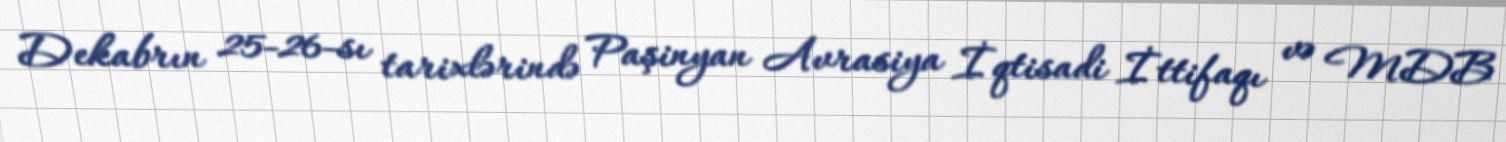
Dekabrın 25-26-sı tarixlərində Paşinyan Avrasiya İqtisadi İttifaqı və MDB